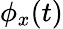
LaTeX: \phi_{x}(t)